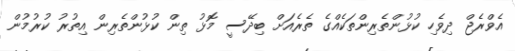
އެވްރެޖް ދިވެހި ކުޅުންތެރިންތަކެއްގެ ތެރެއަށް ބިދޭސީ މޮޅު ތިން ކުޅުންތެރިން އިތުރު ކުރުމުން